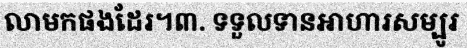
លាមកផងដែរ។៣. ទទួលទានអាហារសម្បូរ